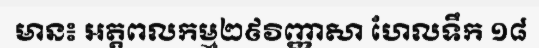
មាន៖ អត្តពលកម្ម២៩វិញ្ញាសា ហែលទឹក ១៨